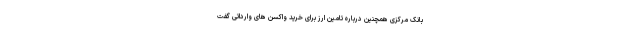
بانک مرکزی همچنین درباره تامین ارز برای خرید واکسن های وارداتی گفت